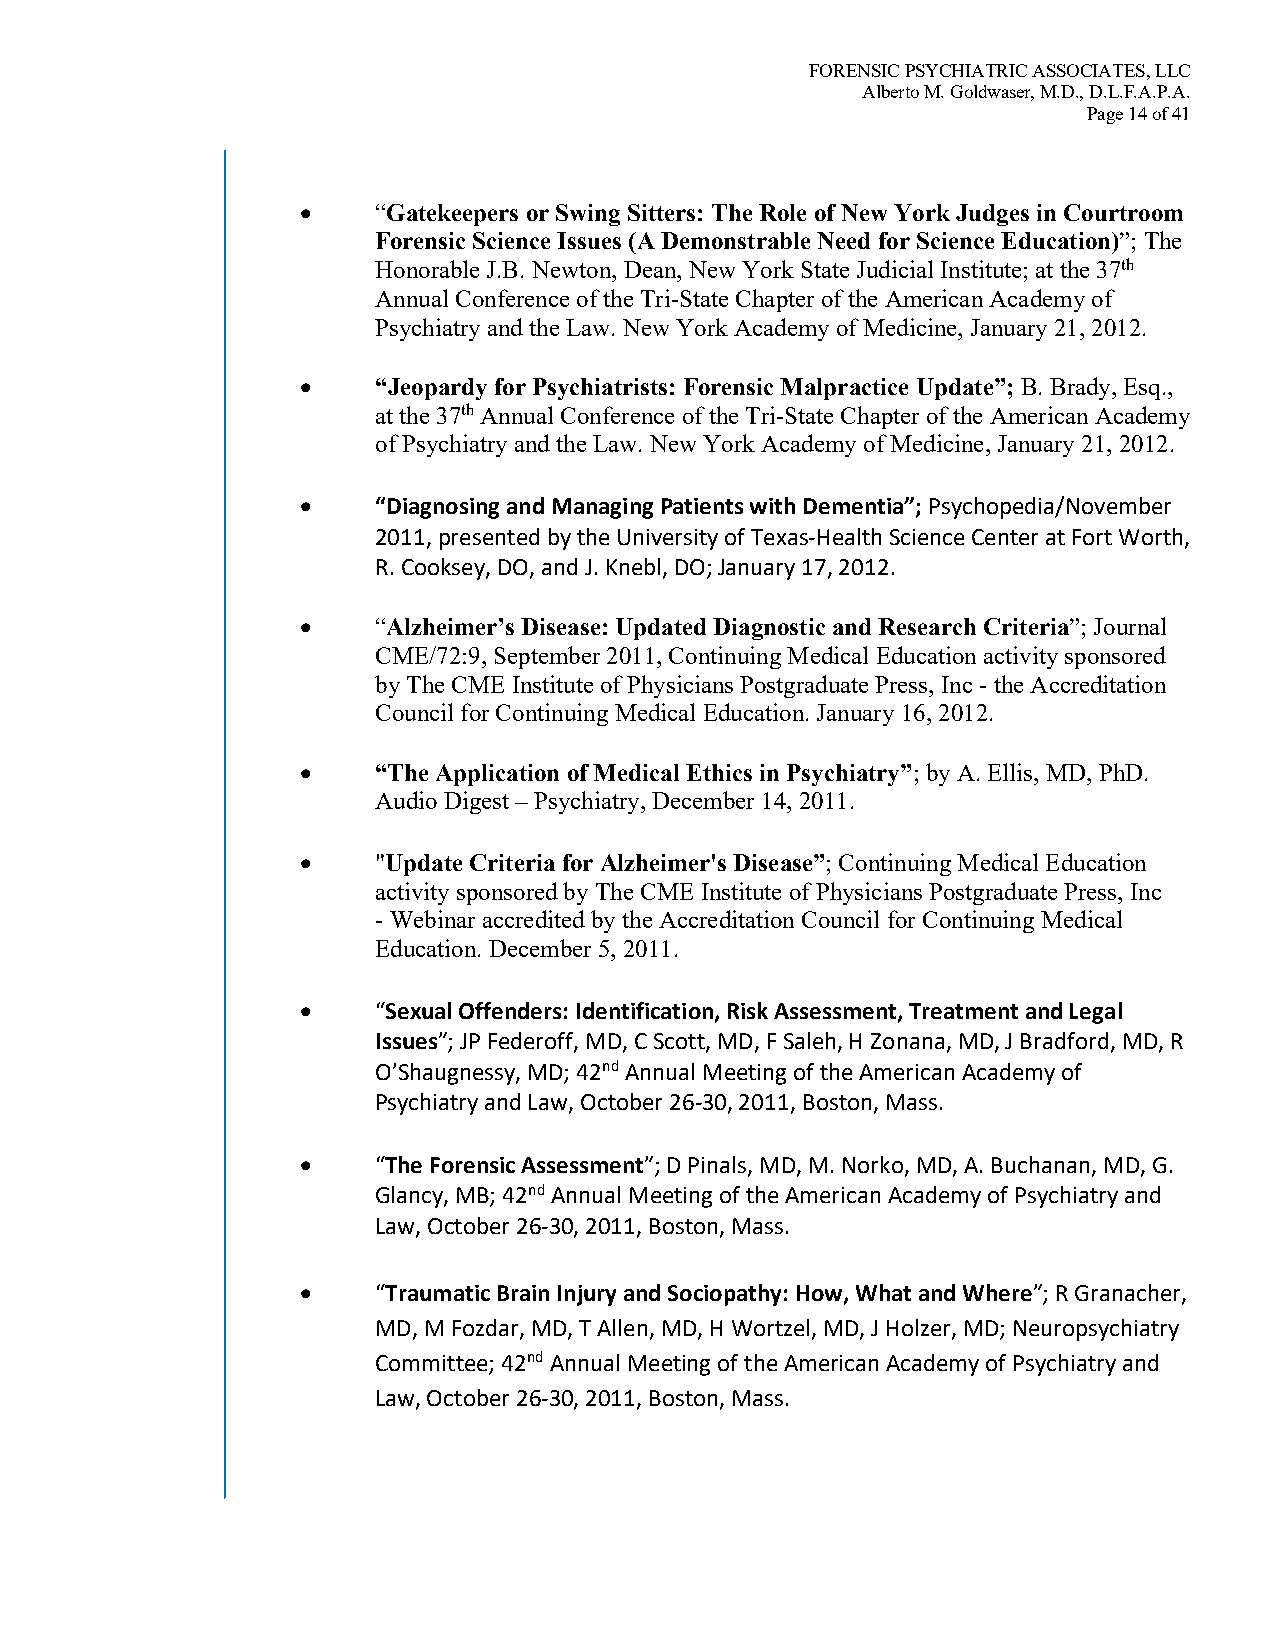
FORENSIC PSYCHIATRIC ASSOCIATES, LLC
 Alberto M. Goldwaser, M.D., D.L.F.A.P.A.
 Page 14 of 41
 •    “Gatekeepers or Swing Sitters: The Role of New York Judges in Courtroom
 Forensic Science Issues (A Demonstrable Need for Science Education)”; The
 Honorable J.B. Newton, Dean, New York State Judicial Institute; at the 37th
 Annual Conference of the Tri-State Chapter of the American Academy of
 Psychiatry and the Law. New York Academy of Medicine, January 21, 2012.
 •    “Jeopardy for Psychiatrists: Forensic Malpractice Update”; B. Brady, Esq.,
 at the 37th Annual Conference of the Tri-State Chapter of the American Academy
 of Psychiatry and the Law. New York Academy of Medicine, January 21, 2012.
 •    “Diagnosing and Managing Patients with Dementia”; Psychopedia/November
 2011, presented by the University of Texas-Health Science Center at Fort Worth,
 R. Cooksey, DO, and J. Knebl, DO; January 17, 2012.
 •    “Alzheimer’s Disease: Updated Diagnostic and Research Criteria”; Journal
 CME/72:9, September 2011, Continuing Medical Education activity sponsored
 by The CME Institute of Physicians Postgraduate Press, Inc - the Accreditation
 Council for Continuing Medical Education. January 16, 2012.
 •    “The Application of Medical Ethics in Psychiatry”; by A. Ellis, MD, PhD.
 Audio Digest – Psychiatry, December 14, 2011.
 •    "Update Criteria for Alzheimer's Disease”; Continuing Medical Education
 activity sponsored by The CME Institute of Physicians Postgraduate Press, Inc
 - Webinar accredited by the Accreditation Council for Continuing Medical
 Education. December 5, 2011.
 •    “Sexual Offenders: Identification, Risk Assessment, Treatment and Legal
 Issues”; JP Federoff, MD, C Scott, MD, F Saleh, H Zonana, MD, J Bradford, MD, R
 O’Shaugnessy, MD; 42nd Annual Meeting of the American Academy of
 Psychiatry and Law, October 26-30, 2011, Boston, Mass.
 •    “The Forensic Assessment”; D Pinals, MD, M. Norko, MD, A. Buchanan, MD, G.
 Glancy, MB; 42nd Annual Meeting of the American Academy of Psychiatry and
 Law, October 26-30, 2011, Boston, Mass.
 •    “Traumatic Brain Injury and Sociopathy: How, What and Where”; R Granacher,
 MD, M Fozdar, MD, T Allen, MD, H Wortzel, MD, J Holzer, MD; Neuropsychiatry
 Committee; 42nd Annual Meeting of the American Academy of Psychiatry and
 Law, October 26-30, 2011, Boston, Mass.